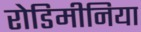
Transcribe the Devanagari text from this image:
रोडिमीनिया